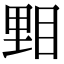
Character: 𥆤